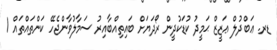
ޑރ. ޢަބްދުލް ޢަޒީޒް ޙަމީދު ކުޑަކުދީން ރޯދަޔަށް ބައިތިއްބާއިރު ސަމާލުވާންޖެހޭ ކަންތައްތައް 1